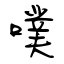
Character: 噗